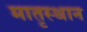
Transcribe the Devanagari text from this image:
मातृस्थान